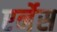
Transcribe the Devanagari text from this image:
एर्नेस